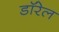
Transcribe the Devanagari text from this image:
डॉरेल